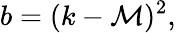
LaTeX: b=(k-\mathcal{M})^{2},